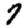
Digit: 7